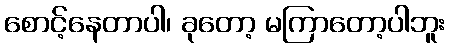
စောင့်နေတာပါ၊ ခုတော့ မကြာတော့ပါဘူး